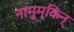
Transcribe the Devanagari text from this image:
नामुम्किन्